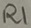
Text: R1